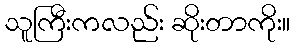
သူကြီးကလည်း ဆိုးတာကိုး။